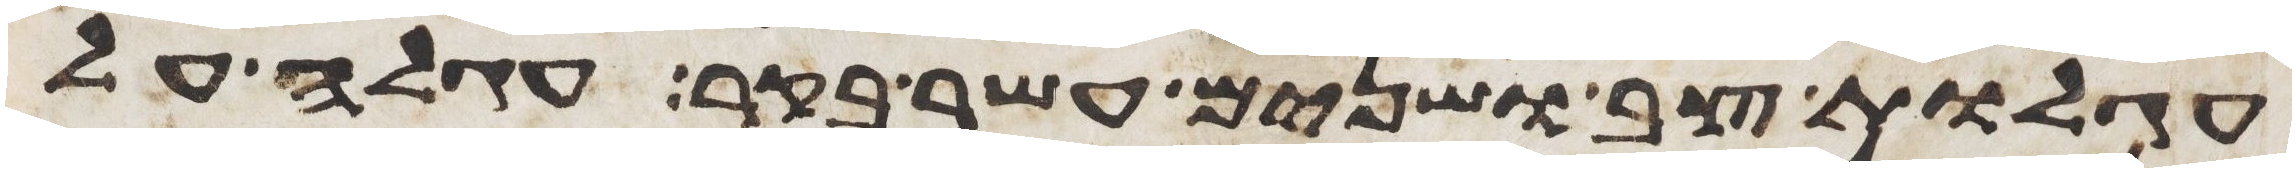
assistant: עגלות צב ושנים עשר בקר עגלה על